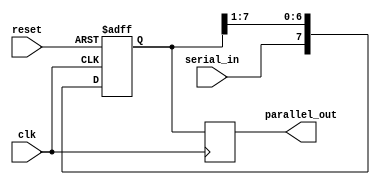
module SIPO_shift_register(
    input wire clk,
    input wire reset,
    input wire serial_in,
    output reg [7:0] parallel_out
);

reg [7:0] shift_reg;

always @(posedge clk or posedge reset) begin
    if (reset) begin
        shift_reg <= 8'b0;
    end else begin
        shift_reg <= {serial_in, shift_reg[7:1]};
    end
end

always @(posedge clk) begin
    parallel_out <= shift_reg;
end

endmodule